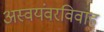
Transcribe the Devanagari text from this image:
अस्वयंवरविवाह